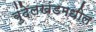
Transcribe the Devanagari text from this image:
बुंदेलखंडमधील